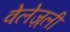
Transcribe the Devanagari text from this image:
वेलेज़्ली